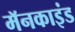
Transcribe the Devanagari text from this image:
मॅनकाइंड